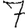
Digit: 7